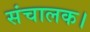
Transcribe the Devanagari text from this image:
संचालक।